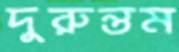
দুরুন্তম